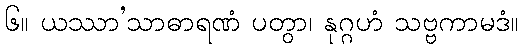
၆။ ယဿာ’သာဓာရဏံ ပတွာ၊ နုဂ္ဂဟံ သဗ္ဗကာမဒံ။